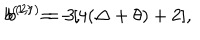
b ^ { ( 1 , 1 ) } = 3 , \hspace { 2 c m } b ^ { ( 2 ) } = - [ 4 ( \Delta + \theta ) + 2 ] ,